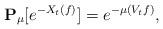
LaTeX: \begin{align*}\mathbf P_\mu [e^{-X_t(f)}] = e^{-\mu(V_tf)},\end{align*}